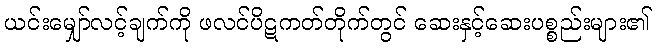
ယင်းမျှော်လင့်ချက်ကို ဖလင်ပိဋကတ်တိုက်တွင် ဆေးနှင့်ဆေးပစ္စည်းများ၏